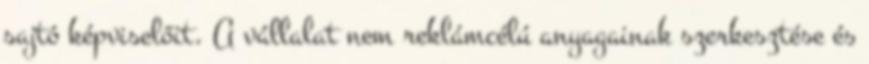
sajtó képviselőit. A vállalat nem reklámcélú anyagainak szerkesztése és